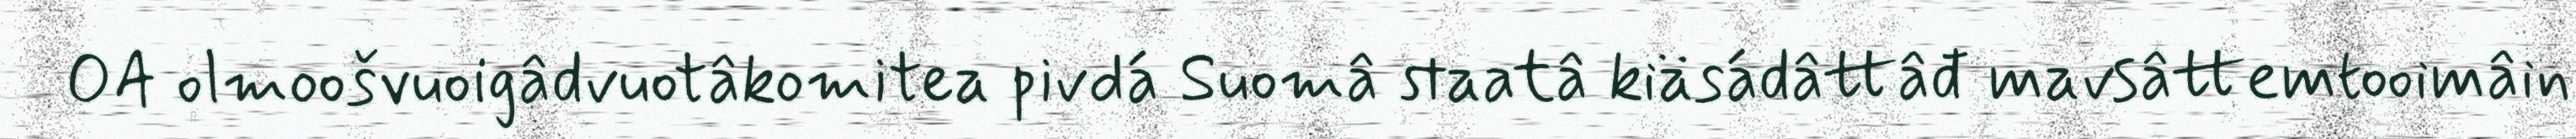
OA olmoošvuoigâdvuotâkomitea pivdá Suomâ staatâ kiäsádâttâđ mavsâttemtooimâin